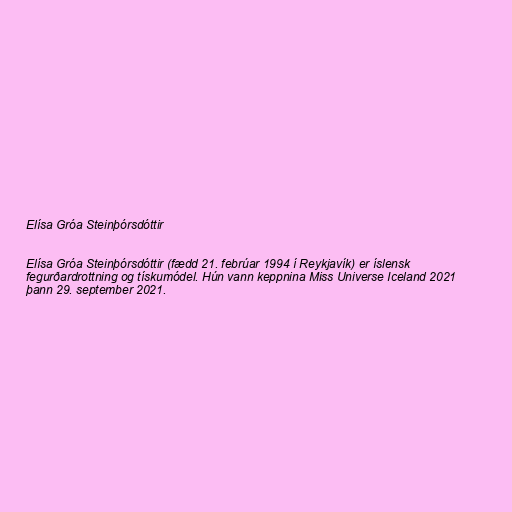
Elísa Gróa Steinþórsdóttir

Elísa Gróa Steinþórsdóttir (fædd 21. febrúar 1994 í Reykjavík) er íslensk
fegurðardrottning og tískumódel. Hún vann keppnina Miss Universe Iceland 2021
þann 29. september 2021.